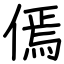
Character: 傿